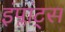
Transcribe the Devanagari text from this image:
इंप्लांट्स